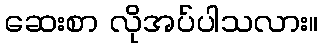
ဆေးစာ လိုအပ်ပါသလား။